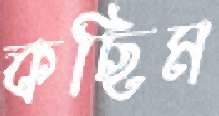
কছিম